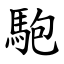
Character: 䮀